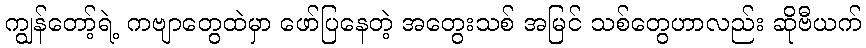
ကျွန်တော့်ရဲ့ ကဗျာတွေထဲမှာ ဖော်ပြနေတဲ့ အတွေးသစ် အမြင် သစ်တွေဟာလည်း ဆိုဗီယက်